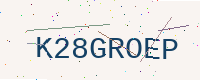
Text: K28GROEP